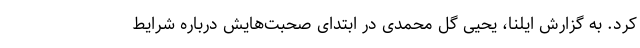
کرد. به گزارش ایلنا، یحیی گل محمدی در ابتدای صحبت‌هایش درباره شرایط